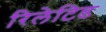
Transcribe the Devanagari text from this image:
रिलेटिड